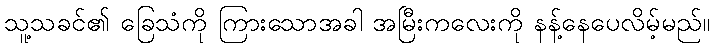
သူ့သခင်၏ ခြေသံကို ကြားသောအခါ အမြီးကလေးကို နန့်နေပေလိမ့်မည်။